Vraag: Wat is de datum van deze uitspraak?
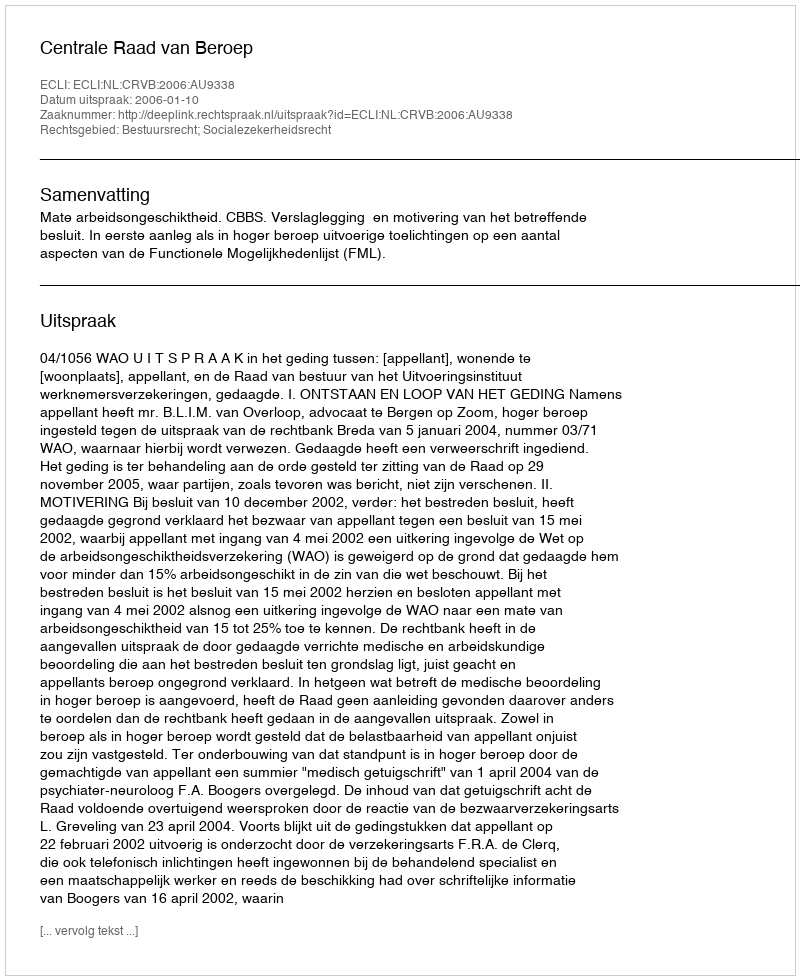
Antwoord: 2006-01-10